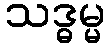
သဒ္ဓမ္မ